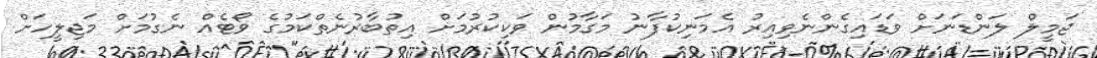
ޖަމީލް ލަންޑަނަށް ވަޑައިގެންނެވިއިރު އެމަނިކުފާނު މަގާމުން ވަކިކުރުމަށް އިތުބާރުނެތްކަމުގެ ވޯޓެއް ނެގުމަށް މަޖިލީހަށް